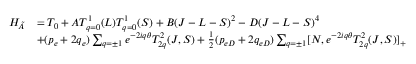
\begin{array} { r l } { H _ { \tilde { A } } } & { = T _ { 0 } + A T _ { q = 0 } ^ { 1 } ( L ) T _ { q = 0 } ^ { 1 } ( S ) + B ( J - L - S ) ^ { 2 } - D ( J - L - S ) ^ { 4 } } \\ & { + ( p _ { e } + 2 q _ { e } ) \sum _ { q = \pm 1 } e ^ { - 2 i q \theta } T _ { 2 q } ^ { 2 } ( J , S ) + \frac { 1 } { 2 } ( p _ { e D } + 2 q _ { e D } ) \sum _ { q = \pm 1 } [ N , e ^ { - 2 i q \theta } T _ { 2 q } ^ { 2 } ( J , S ) ] _ { + } } \end{array}